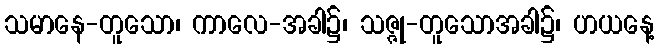
သမာနေ-တူသော၊ ကာလေ-အခါ၌၊ သဇ္ဇု-တူသောအခါ၌၊ ဟယနေ့